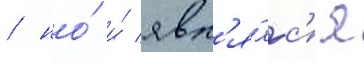
/ но́ и́ явл'я́лс'я